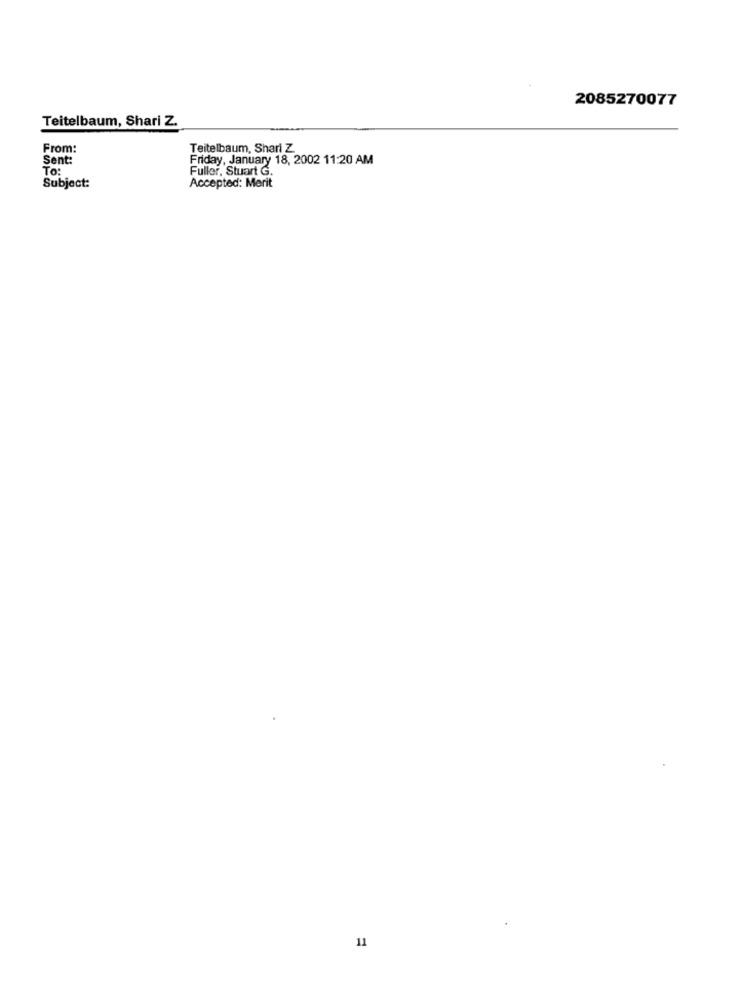
2085270077
Teitelbaum, Shari Z.
From:
Teitelbaum, Shari Z.
Sent:
Friday, January 18, 2002 11:20 AM
To:
Fuller, Stuart G.
Subject:
Accepted: Merit
11